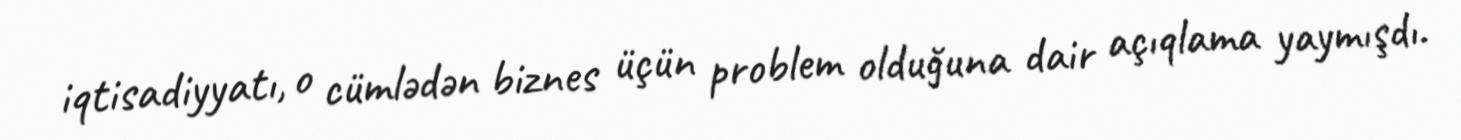
iqtisadiyyatı, o cümlədən biznes üçün problem olduğuna dair açıqlama yaymışdı.